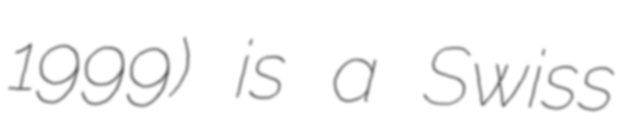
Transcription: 1999) is a Swiss